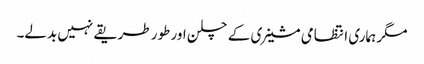
مگر ہماری انتظامی مشینری کے چلن اور طور طریقے نہیں بدلے۔